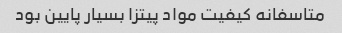
متاسفانه کیفیت مواد پیتزا بسیار پایین بود